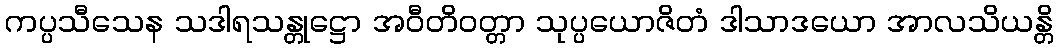
ကပ္ပသီသေန သဒါရသန္တုဋ္ဌော အဝီတိဝတ္တာ သုပ္ပယောဇိတံ ဒါသာဒယော အာလသိယန္တိ